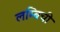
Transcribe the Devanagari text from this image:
लम्बिची